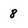
Character: 8